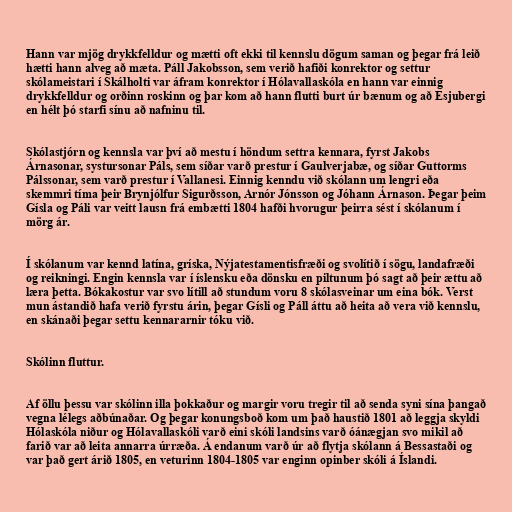
Hann var mjög drykkfelldur og mætti oft ekki til kennslu dögum saman og þegar frá leið
hætti hann alveg að mæta. Páll Jakobsson, sem verið hafiði konrektor og settur
skólameistari í Skálholti var áfram konrektor í Hólavallaskóla en hann var einnig
drykkfelldur og orðinn roskinn og þar kom að hann flutti burt úr bænum og að Esjubergi
en hélt þó starfi sínu að nafninu til.

Skólastjórn og kennsla var því að mestu í höndum settra kennara, fyrst Jakobs
Árnasonar, systursonar Páls, sem síðar varð prestur í Gaulverjabæ, og síðar Guttorms
Pálssonar, sem varð prestur í Vallanesi. Einnig kenndu við skólann um lengri eða
skemmri tíma þeir Brynjólfur Sigurðsson, Arnór Jónsson og Jóhann Árnason. Þegar þeim
Gísla og Páli var veitt lausn frá embætti 1804 hafði hvorugur þeirra sést í skólanum í
mörg ár.

Í skólanum var kennd latína, gríska, Nýjatestamentisfræði og svolítið í sögu, landafræði
og reikningi. Engin kennsla var í íslensku eða dönsku en piltunum þó sagt að þeir ættu að
læra þetta. Bókakostur var svo lítill að stundum voru 8 skólasveinar um eina bók. Verst
mun ástandið hafa verið fyrstu árin, þegar Gísli og Páll áttu að heita að vera við kennslu,
en skánaði þegar settu kennararnir tóku við.

Skólinn fluttur.

Af öllu þessu var skólinn illa þokkaður og margir voru tregir til að senda syni sína þangað
vegna lélegs aðbúnaðar. Og þegar konungsboð kom um það haustið 1801 að leggja skyldi
Hólaskóla niður og Hólavallaskóli varð eini skóli landsins varð óánægjan svo mikil að
farið var að leita annarra úrræða. Á endanum varð úr að flytja skólann á Bessastaði og
var það gert árið 1805, en veturinn 1804-1805 var enginn opinber skóli á Íslandi.